Report of the King Institute of Preventive Medicine, Guindy
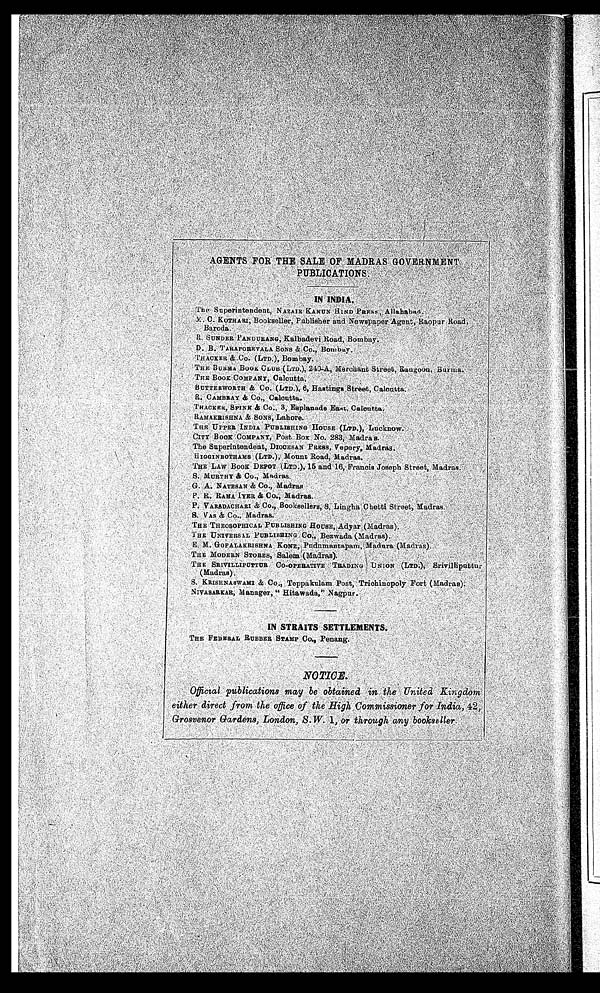
P U B L I C A T I O N S .
I N I N D I A .
T h e S u p e r i n t e n d e n t , N A Z A I R K A N U N H I N D P R E S S , A l l a h a b a d .M
. C . K O T H A R I , B o o k s e l l e r , P u b l i s h e r a n d N e w s p a p e r A g e n t , R a o p u r R o a d ,
B a r o d a .
R . S U N D E R P A N D U R A N G , K a l b a d e v i R o a d , B o m b a y .D
. B . T A R A P O R E V A L A S O N S & C o . , B o m b a y .T
H A C K E R & C O . ( L T D . ) , B o m b a y .
T H E B U R M A B O O K C L U B ( L T D . ) , 2 4 0 - A , M e r c h a n t S t r e e t , R a n g o o n , B u r m a .
T H E B O O K C O M P A N Y , C a l c u t t a .
BUTTERWORTH & Co., (LTD.), 6, Hastings Street, Calcutta.
R. CAMBRAY & Co., Calcutta.
THACKER, SPINK & Co., 3, Esplanade East, Calcutta.
RAMAKRISHNA & SONS, Lahore.
THE UPPER INDIA PUBLISHING HOUSE (LTD.), Lucknow.
CITY BOOK COMPANY, Post Box No. 283, Madras.
The Superintendent, DIOCESAN PRESS, Vepery, Madras.
HIGGINBOTHAMS (LTD.), Mount Road, Madras.
THE LAW BOOK DEPOT (LTD.), 15 and 16, Francis Joseph Street, Madras.
S. MURTHY & Co., Madras.
G. A. NATESAN & Co., Madras.
P. VARADACHARI & Co., Booksellers, 8, Lingha Chetti Street, Madras.
S. VAS & Co., Madras.
THE THEOSOPHICAL PUBLISHING HOUSE, Adyar (Madras).
THE UNIVERSAL PUBLISHING Co., Bezwada (Madras).
E. M. GOPALAKRISHNA KONE, Pudumantapam, Madura (Madras).
THE MODERN STORES, Salem (Madras).
THE SRIVILLIPUTTUR CO-OPERATIVE TRADING UNION (LTD.), Srivilliputtur
(Madras).
S. KRISHNASWAMI & Co., Teppakulam Post, Trichinopoly Fort (Madras).
NIVASARKAR, Manager, "Hitawada," Nagpur.
IN STRAITS SETTLEMENTS.
THE FEDERAL RUBBER STAMP Co., Penang.
NOTICE.
Official publications may be obtained in the United Kingdom either direct from the office of the High Commissioner for India, 42, Grosvenor Gardens, London, S. W. 1, or through any bookseller.